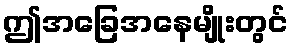
ဤအခြေအနေမျိုးတွင်